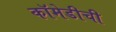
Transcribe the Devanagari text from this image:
कॉमेडीची